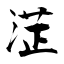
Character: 淽